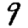
Digit: 9